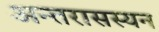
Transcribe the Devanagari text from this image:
अन्तरासस्यन